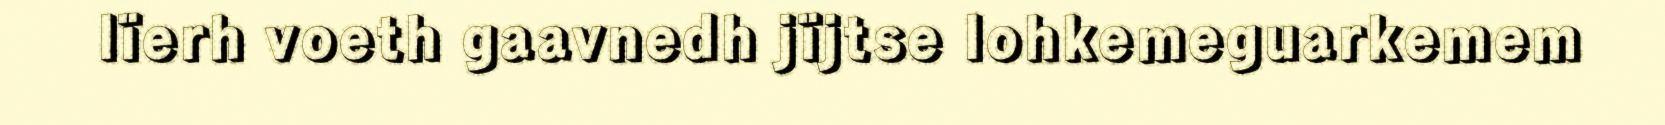
lïerh voeth gaavnedh jïjtse lohkemeguarkemem